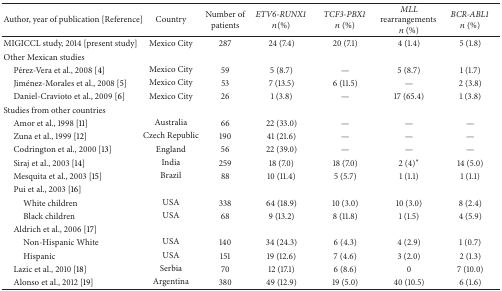
<table><thead><tr><td><b>Author, year of publication [Reference]</b></td><td><b>Country</b></td><td><b>Number of patients</b></td><td><b><i>ETV6-RUNX1</i> <i>n</i>(%) </b></td><td><b><i>TCF3-PBX1</i> <i>n</i> (%)</b></td><td><b><i>MLL</i> rearrangements <i>n</i> (%)</b></td><td><b><i>BCR-ABL1</i> <i>n</i> (%)</b></td></tr></thead><tbody><tr><td>MIGICCL study, 2014 [present study]</td><td>Mexico City</td><td>287</td><td>24 (7.4)</td><td>20 (7.1)</td><td>4 (1.4)</td><td>5 (1.8)</td></tr><tr><td>Other Mexican studies</td><td> </td><td> </td><td> </td><td> </td><td> </td><td> </td></tr><tr><td> Pérez-Vera et al., 2008 [4]</td><td>Mexico City</td><td>59</td><td>5 (8.7)</td><td>—</td><td>5 (8.7)</td><td>1 (1.7)</td></tr><tr><td> Jiménez-Morales et al., 2008 [5]</td><td>Mexico City</td><td>53</td><td>7 (13.5)</td><td>6 (11.5)</td><td>—</td><td>2 (3.8)</td></tr><tr><td> Daniel-Cravioto et al., 2009 [6]</td><td>Mexico City</td><td>26</td><td>1 (3.8)</td><td>—</td><td>17 (65.4)</td><td>1 (3.8)</td></tr><tr><td>Studies from other countries</td><td> </td><td> </td><td> </td><td> </td><td> </td><td> </td></tr><tr><td> Amor et al., 1998 [11]</td><td>Australia</td><td>66</td><td>22 (33.0)</td><td>—</td><td>—</td><td>—</td></tr><tr><td> Zuna et al., 1999 [12]</td><td>Czech Republic</td><td>190</td><td>41 (21.6)</td><td>—</td><td>—</td><td>—</td></tr><tr><td> Codrington et al., 2000 [13]</td><td>England</td><td>56</td><td>22 (39.0)</td><td>—</td><td>—</td><td>—</td></tr><tr><td> Siraj et al., 2003 [14]</td><td>India</td><td>259</td><td>18 (7.0)</td><td>18 (7.0)</td><td>2 (4)∗</td><td>14 (5.0)</td></tr><tr><td> Mesquita et al., 2003 [15]</td><td>Brazil</td><td>88</td><td>10 (11.4)</td><td>5 (5.7)</td><td>1 (1.1)</td><td>1 (1.1)</td></tr><tr><td> Pui et al., 2003 [16]</td><td> </td><td> </td><td> </td><td> </td><td> </td><td> </td></tr><tr><td>White children</td><td>USA</td><td>338</td><td>64 (18.9)</td><td>10 (3.0)</td><td>10 (3.0)</td><td>8 (2.4)</td></tr><tr><td>Black children</td><td>USA</td><td>68</td><td>9 (13.2)</td><td>8 (11.8)</td><td>1 (1.5)</td><td>4 (5.9)</td></tr><tr><td> Aldrich et al., 2006 [17]</td><td> </td><td> </td><td> </td><td> </td><td> </td><td> </td></tr><tr><td>Non-Hispanic White</td><td>USA</td><td>140</td><td>34 (24.3)</td><td>6 (4.3)</td><td>4 (2.9)</td><td>1 (0.7)</td></tr><tr><td>Hispanic</td><td>USA</td><td>151</td><td>19 (12.6)</td><td>7 (4.6)</td><td>3 (2.0)</td><td>2 (1.3)</td></tr><tr><td> Lazic et al., 2010 [18]</td><td>Serbia</td><td>70</td><td>12 (17.1)</td><td>6 (8.6)</td><td>0</td><td>7 (10.0)</td></tr><tr><td> Alonso et al., 2012 [19]</td><td>Argentina</td><td>380</td><td>49 (12.9)</td><td>19 (5.0)</td><td>40 (10.5)</td><td>6 (1.6)</td></tr></tbody></table>